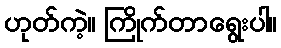
ဟုတ်ကဲ့။ ကြိုက်တာရွေးပါ။